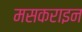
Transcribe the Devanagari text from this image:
मसकराइन